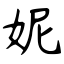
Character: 妮